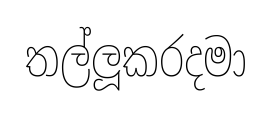
තල්ලූකරදමා